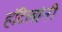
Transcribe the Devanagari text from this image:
हॉटेलांनी